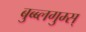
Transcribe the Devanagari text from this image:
बुब्ब्लगुम्स्